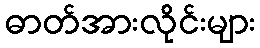
ဓာတ်အားလိုင်းများ